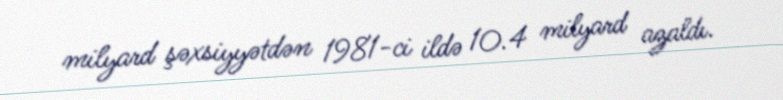
milyard şəxsiyyətdən 1981-ci ildə 10.4 milyard azaldı.